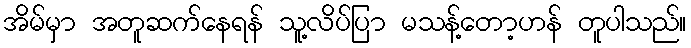
အိမ်မှာ အတူဆက်နေရန် သူ့လိပ်ပြာ မသန့်တော့ဟန် တူပါသည်။